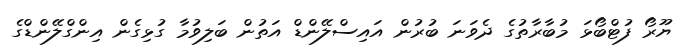
ޔޫރޯ ފުޓްބޯޅަ މުބާރާތުގެ ދެވަނަ ބުރުން އައިސްލޭންޑް އަތުން ބަލިވުމާ ގުޅިގެން އިންގްލޭންޑްގެ